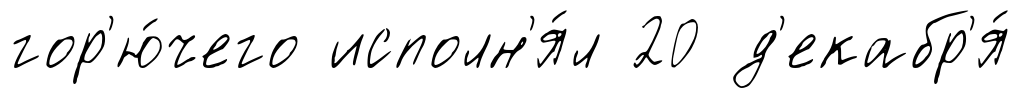
гор'ю́чего исполн'я́л 20 д'екабр'я́